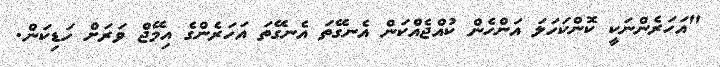
"އަހަރެންނަކީ ކޮންކަހަލަ އަންހެން ކުއްޖެއްކަން އެނގޭތަ އެނގޭތަ އަހަރެންގެ އިމޭޖް ވަރަށް ހަޑިކަން.